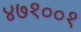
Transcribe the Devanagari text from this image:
४७१००१